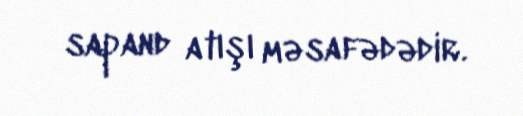
sapand atışı məsafədədir.